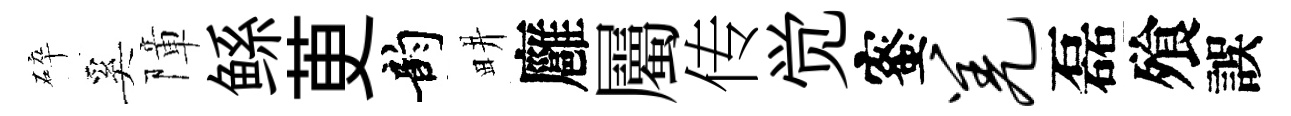
碎奚障鲧茰韵畊廱屬传觉蜜羌磊飱誤